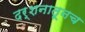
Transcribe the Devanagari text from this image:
दर्शनातूनच